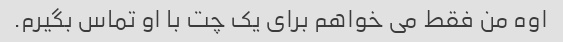
اوه من فقط می خواهم برای یک چت با او تماس بگیرم.